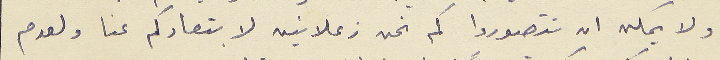
ولا يمكن ان تتصوروا كم نحن زعلانين لابتعادكم عنا ولعدم